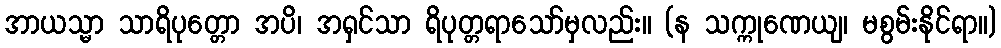
အာယသ္မာ သာရိပုတ္တော အပိ၊ အရှင်သာ ရိပုတ္တရာသော်မှလည်း။ (န သက္ကုဏေယျ၊ မစွမ်းနိုင်ရာ။)